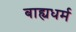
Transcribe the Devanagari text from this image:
बाह्यधर्म